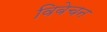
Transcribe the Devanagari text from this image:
विबेचन